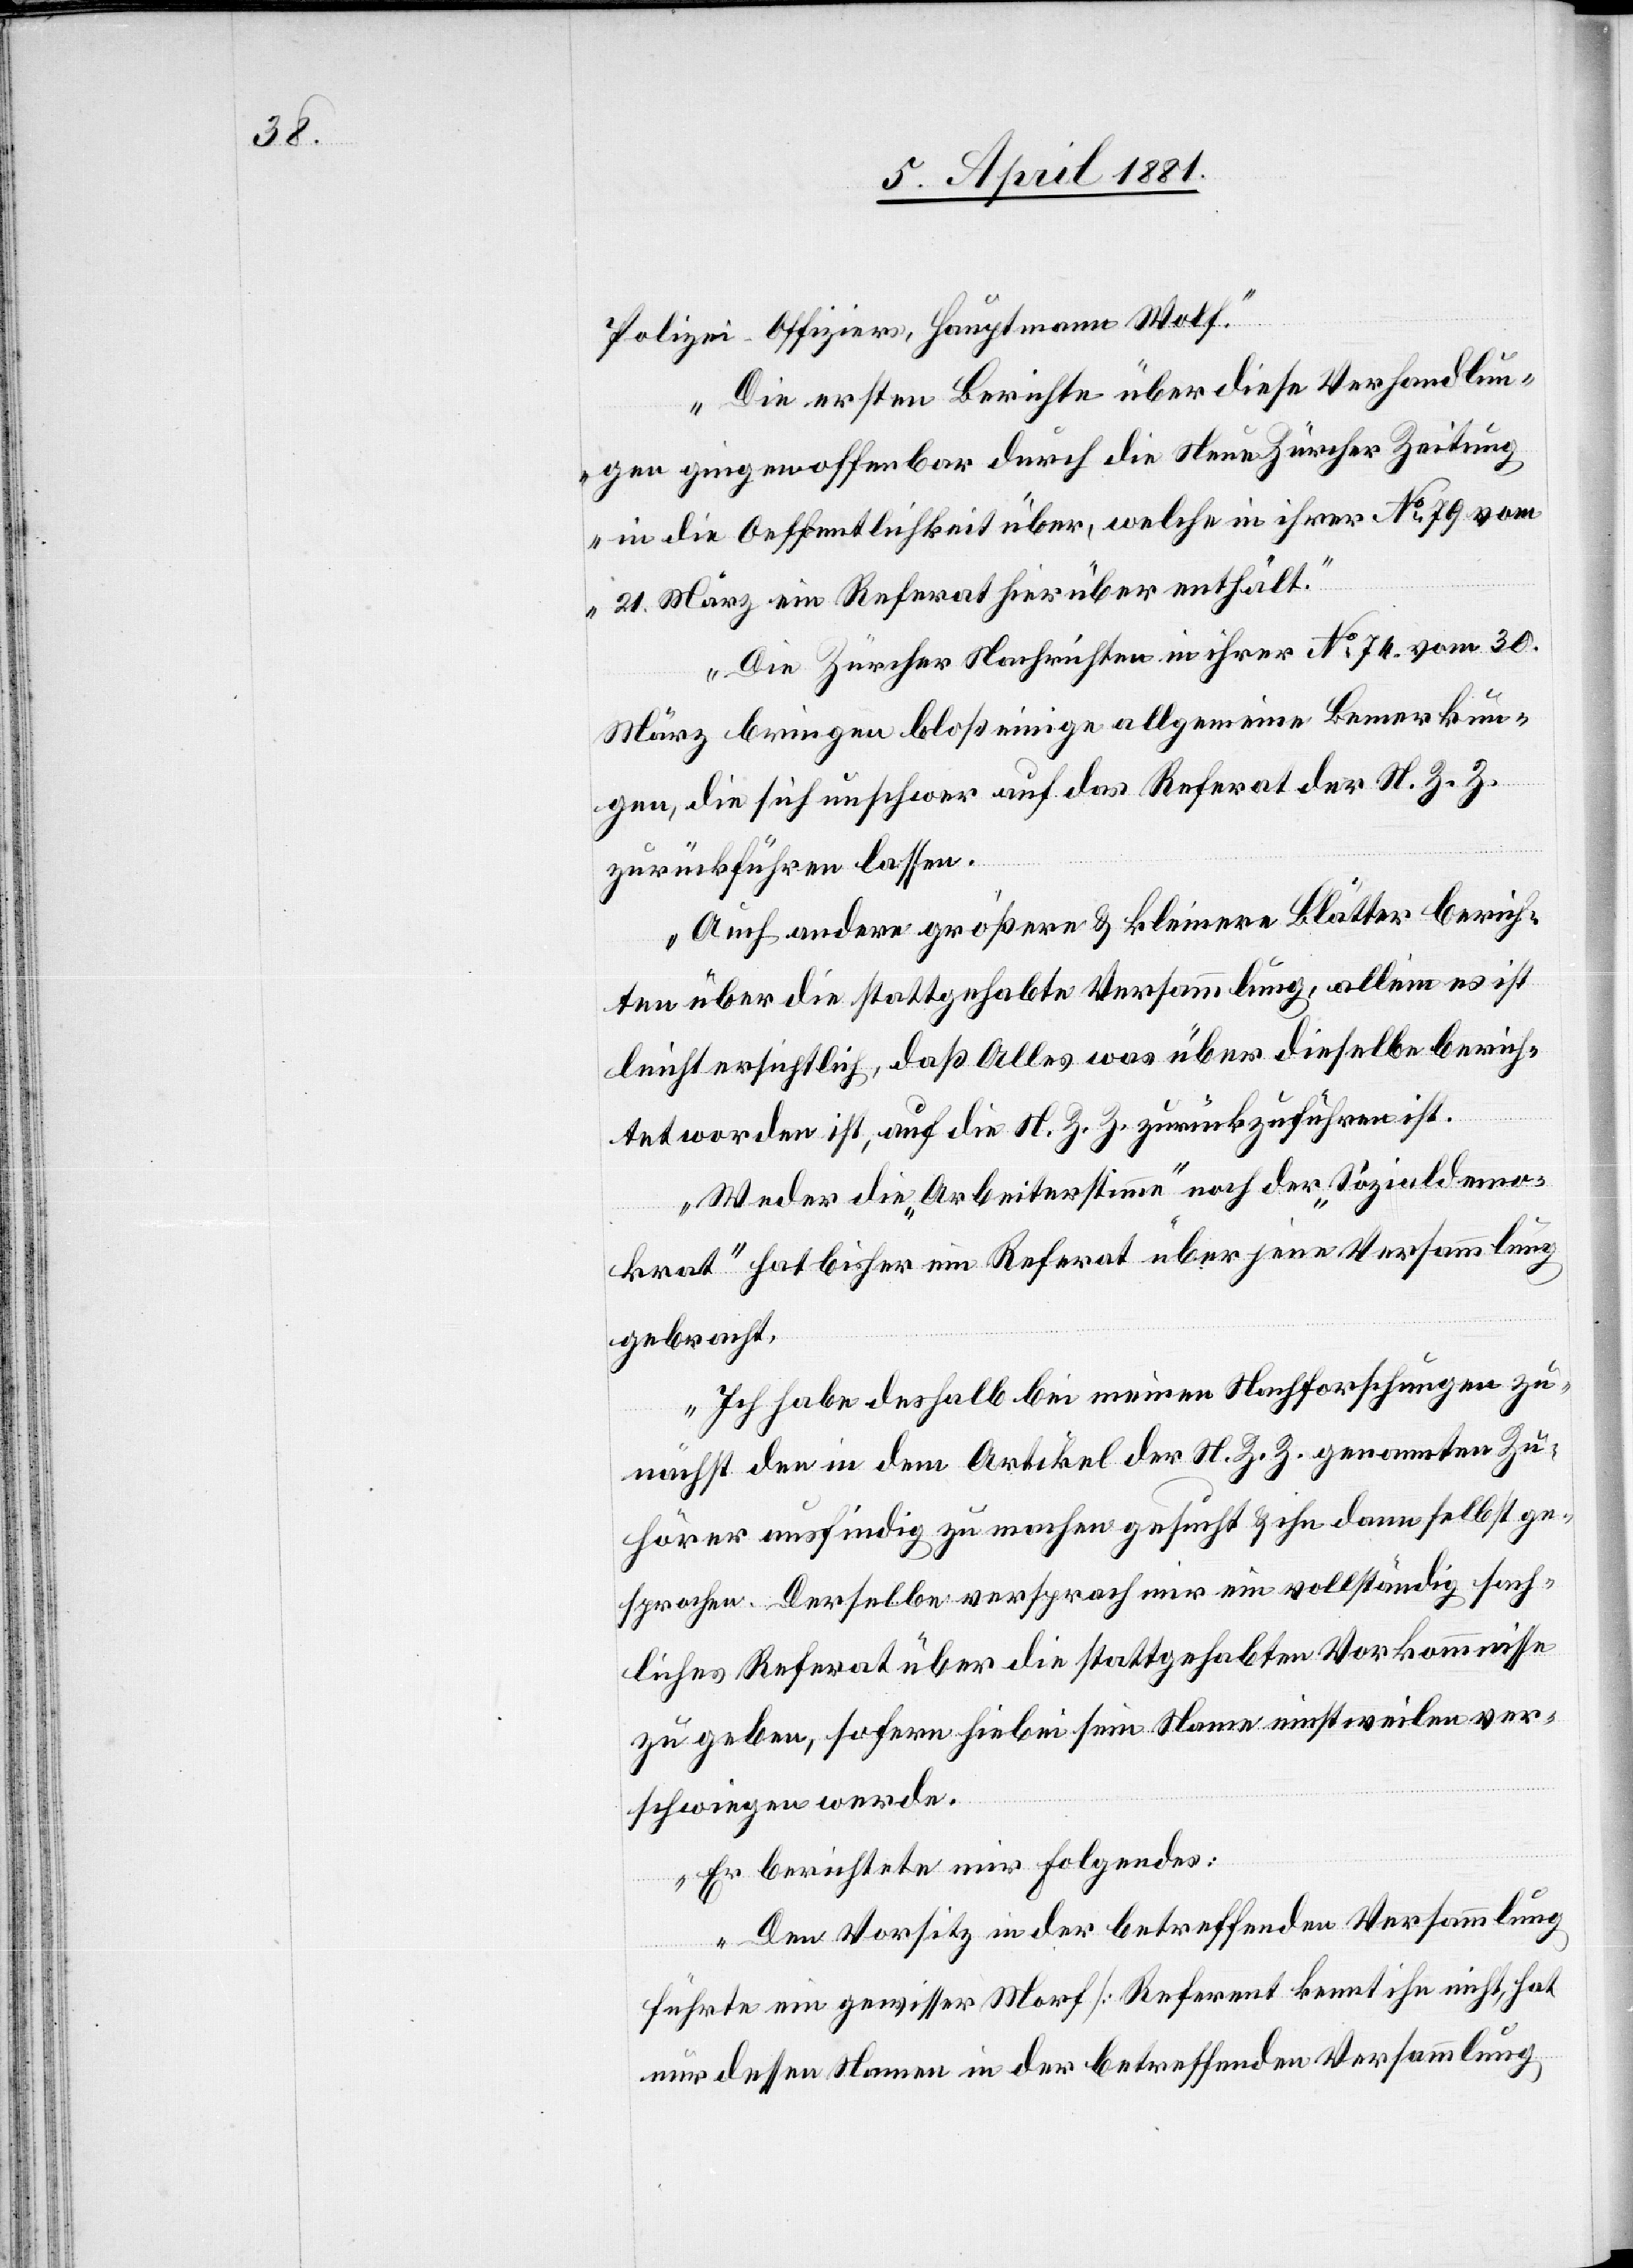
Polizei-Offiziers, Hauptmann Wolf.“
Die ersten Berichte über diese Verhandlun¬
gen gingen offenbar durch die Neue Zürcher Zeitung
in die Oeffentlichkeit über, welche in ihrer No 79 vom
21. März ein Referat hierüber enthält.
Die Zürcher Nachrichten in ihrer No 74 vom 30.
März bringen bloß einige allgemeine Bemerkun¬
gen, die sich unschwer auf das Referat der N. Z. Z.
zurückführen lassen.
Auch andere größere & kleinere Blätter berich¬
ten über die stattgehabte Versammlung, allein es ist
leicht ersichtlich, daß Alles was über dieselbe berich¬
tet worden ist, auf die N. Z. Z. zurückzuführen ist.
Weder die „Arbeiterstimme“ noch der „Sozialdemo¬
krat“ hat bisher ein Referat über jene Versammlung
gebracht.
Ich habe deshalb bei meinen Nachforschungen zu¬
nächst den in dem Artikel der N. Z. Z. genannten Zu¬
hörer ausfindig zu machen gesucht & ihn dann selbst ge¬
sprochen. Derselbe versprach mir ein vollständig sach¬
liches Referat über die stattgehabten Vorkommnisse
zu geben, sofern hiebei sein Name nichtweilen ver¬
schwiegen werde.
Er berichtete mir folgendes:
Den Vorsitz in der betreffenden Versammlung
führte ein gewisser Morf [Referent kennt ihn nicht, hat
nur dessen Name in der betreffenden Versammlung